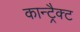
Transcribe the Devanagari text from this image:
कान्ट्रैक्ट